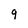
Character: 9